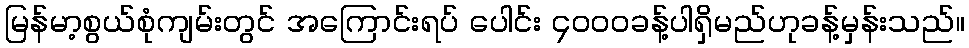
မြန်မာ့စွယ်စုံကျမ်းတွင် အကြောင်းရပ် ပေါင်း ၄၀၀၀ခန့်ပါရှိမည်ဟုခန့်မှန်းသည်။